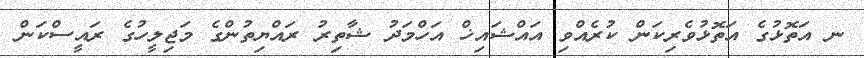
ނ އަތޮޅުގެ އަތޮޅުވެރިކަން ކުރެއްވި އައްޝައިޚް އަހްމަދު ޝާތިރު ރައްޔިތުންގެ މަޖިލީހުގެ ރައީސްކަން